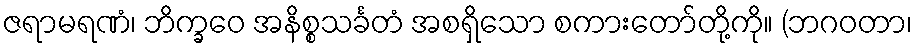
ဇရာမရဏံ၊ ဘိက္ခဝေ အနိစ္စသင်္ခတံ အစရှိသော စကားတော်တို့ကို။ (ဘဂဝတာ၊